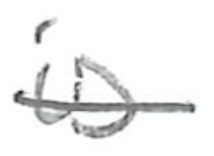
Text: is
Cross-out: single-line
Writing tool: pencil